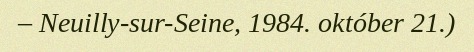
– Neuilly-sur-Seine, 1984. október 21.)